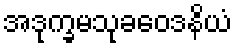
အဒုက္ခမသုခဝေဒနိယံ